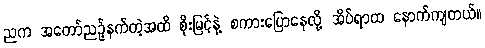
ညက အတော်ညဉ့်နက်တဲ့အထိ စိုးမြင့်နဲ့ စကားပြောနေလို့ အိပ်ရာထ နောက်ကျတယ်။